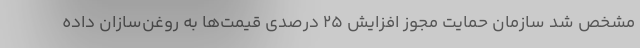
مشخص شد سازمان حمایت مجوز افزایش ۲۵ درصدی قیمت‌ها به روغن‌سازان داده